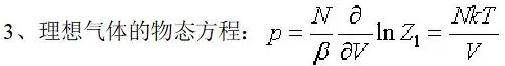
3、理想气体的物态方程：$p = \frac{N}{\beta} \frac{\partial }{\partial V}\ln Z_{1}=\frac{NkT}{V}$